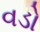
વડો